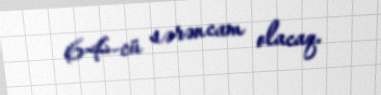
64-cü sərəncam olacaq.